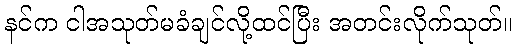
နင်က ငါအသုတ်မခံချင်လို့ထင်ပြီး အတင်းလိုက်သုတ်။